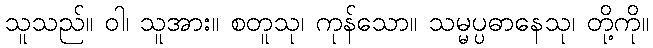
သူသည်။ ဝါ၊ သူအား။ စတူသု၊ ကုန်သော။ သမ္မပ္ပဓာနေသု၊ တို့ကို။